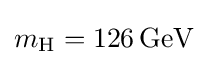
m_{\text{H}}=126\,{\text{GeV}}